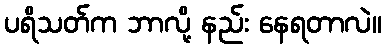
ပရိသတ်က ဘာလို့ နည်း နေရတာလဲ။